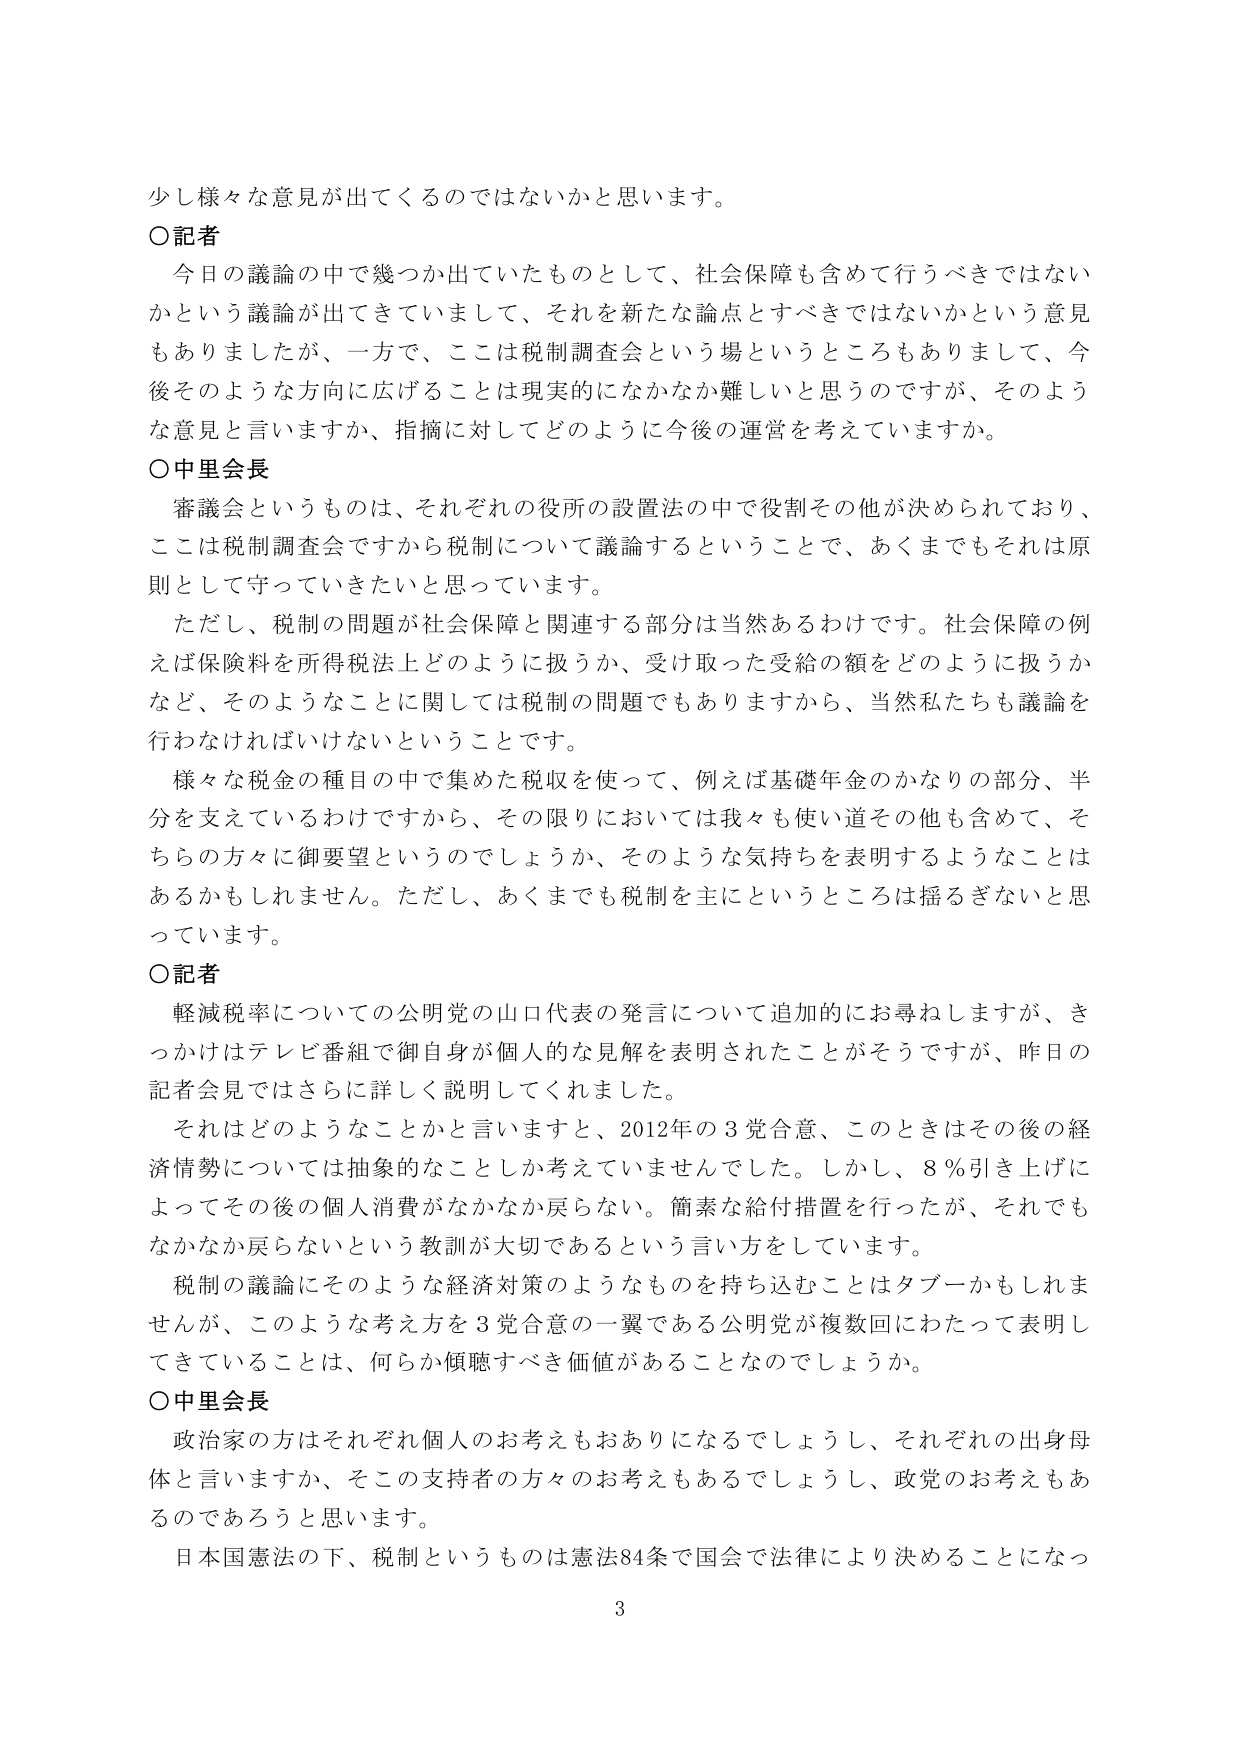
少し様々な意見が出てくるのではないかと思います。

○記者
今日の議論の中で幾つか出ていたものとして、社会保障も含めて行うべきではないかという議論が出てきていまして、それを新たな論点とすべきではないかという意見もありましたが、一方で、ここは税制調査会という場というところもありまして、今後そのような方向に広げることは現実的になかなか難しいと思うのですが、そのような意見と言いますか、指摘に対してどのように今後の運営を考えていますか。

○中里会長
審議会というものは、それぞれの役所の設置法の中で役割その他が決められており、ここは税制調査会ですから税制について議論するということで、あくまでもそれは原則として守っていきたいと思っています。
ただし、税制の問題が社会保障と関連する部分は当然あるわけです。社会保障の例えば保険料を所得税法上どのように扱うか、受け取った受給の額をどのように扱うかなど、そのようなことに関しては税制の問題でもありますから、当然私たちも議論を行わなければならないということです。
様々な税金の種目の中で集めた税収を使って、例えば基礎年金のかなりの部分、半分を支えているわけですから、その限りにおいては我々も使い道その他も含めて、それらの方々に御要望というのでしょうか、そのような気持ちを表明するようなことはあるかもしれません。ただし、あくまでも税制を主にというところは揺るぎないと思っています。

○記者
軽減税率についての公明党の山口代表の発言について追加的にお尋ねしますが、きっかけはテレビ番組で御自身が個人的な見解を表明されたことがそうですが、昨日の記者会見ではさらに詳しく説明してくれました。
それはどのようなことかと言いますと、2012年の3党合意、このときはその後の経済情勢については抽象的なことしか考えていました。しかし、8％引き上げによってその後の個人消費がなかなか戻らない。簡素な給付措置を行ったが、それでもなかなか戻らないという教訓が大切であるという言い方をしています。
税制の議論にそのような経済対策のようなものを持ち込むことはタブーかもしれませんが、このような考え方を3党合意の一翼である公明党が複数回にわたって表明してきていることは、何らか傾聴すべき価値があることなのでしょうか。

○中里会長
政治家の方はそれぞれ個人のお考えもおありになるでしょうし、それぞれの出身母体と言いますか、そこの支持者の方々のお考えもあるでしょうし、政党のお考えもあるのであろうと思います。
日本国憲法の下、税制というものは憲法84条で国会で法律により決めることになっ

3